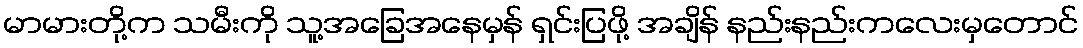
မာမားတို့က သမီးကို သူ့အခြေအနေမှန် ရှင်းပြဖို့ အချိန် နည်းနည်းကလေးမှတောင်